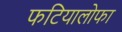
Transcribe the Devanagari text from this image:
फटियालोफा